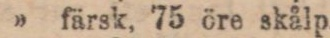
” färsk, 75 öre skålp.